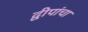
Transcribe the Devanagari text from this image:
द्वीपांचा